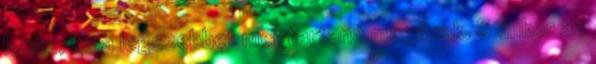
lenne, ha a legszebbet megtartaná magának. S mikor az